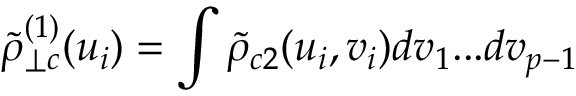
{ \tilde { \rho } } _ { \perp c } ^ { ( 1 ) } ( u _ { i } ) = \int { \tilde { \rho } } _ { c 2 } ( u _ { i } , v _ { i } ) d v _ { 1 } . . . d v _ { p - 1 }